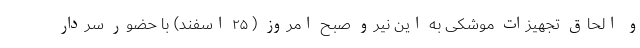
و الحاق تجهیزات موشکی به این نیرو صبح امروز ( ۲۵ اسفند) با حضور سردار